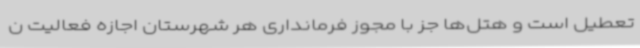
تعطیل است و هتل‌ها جز با مجوز فرمانداری هر شهرستان اجازه فعالیت ن